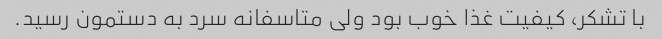
با تشکر، کیفیت غذا خوب بود ولی متاسفانه سرد به دستمون رسید.